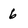
Character: 6